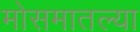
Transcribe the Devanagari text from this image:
मोसमातल्या